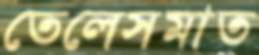
তেলেসমাত